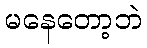
မနေတော့ဘဲ